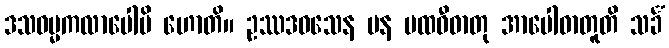
ဒသဓမ္မကလာပေါပိ ဟောတိ။ ဥဿဒဝသေန ပန ပထဝီဓာတု အာပေါဓာတူတိ သင်္ခံ